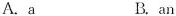
A. a B. an